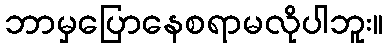
ဘာမှပြောနေစရာမလိုပါဘူး။